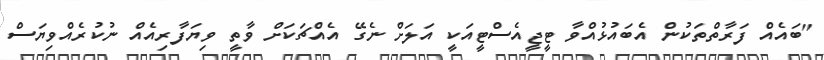
"ބައެއް ފަރާތްތަކުން އެބައުޅުއްވާ ޓީޖީއެސްޓީއަކީ އަލަށް ނެގޭ އެއްޗަކަށް ވާތީ ވިޔަފާރިއެއް ނުކުރެއްވިޔަސް